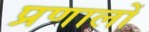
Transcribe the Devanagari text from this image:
प्रणालों